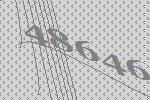
48646